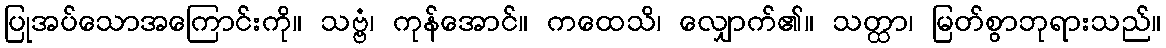
ပြုအပ်သောအကြောင်းကို။ သဗ္ဗံ၊ ကုန်အောင်။ ကထေသိ၊ လျှောက်၏။ သတ္ထာ၊ မြတ်စွာဘုရားသည်။